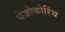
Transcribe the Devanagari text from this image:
थेजोकोरिंथ